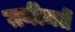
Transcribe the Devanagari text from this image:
ग़नीमतें